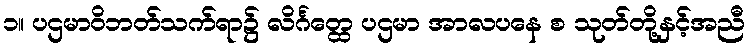
၁။ ပဌမာဝိဘတ်သက်ရာ၌ လိင်္ဂတ္ထေ ပဌမာ အာလပနေ စ သုတ်တို့နှင့်အညီ